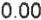
0.00